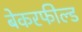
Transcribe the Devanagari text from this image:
बेकरफील्ड